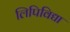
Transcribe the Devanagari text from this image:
लिपिविद्या